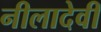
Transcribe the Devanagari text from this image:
नीलादेवी